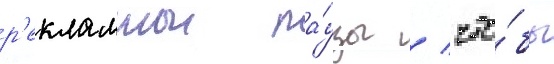
р'екламнои па́узы / что́бы